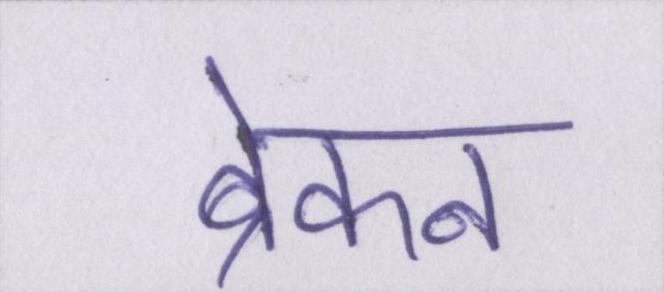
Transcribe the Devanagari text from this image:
ब्रेकन